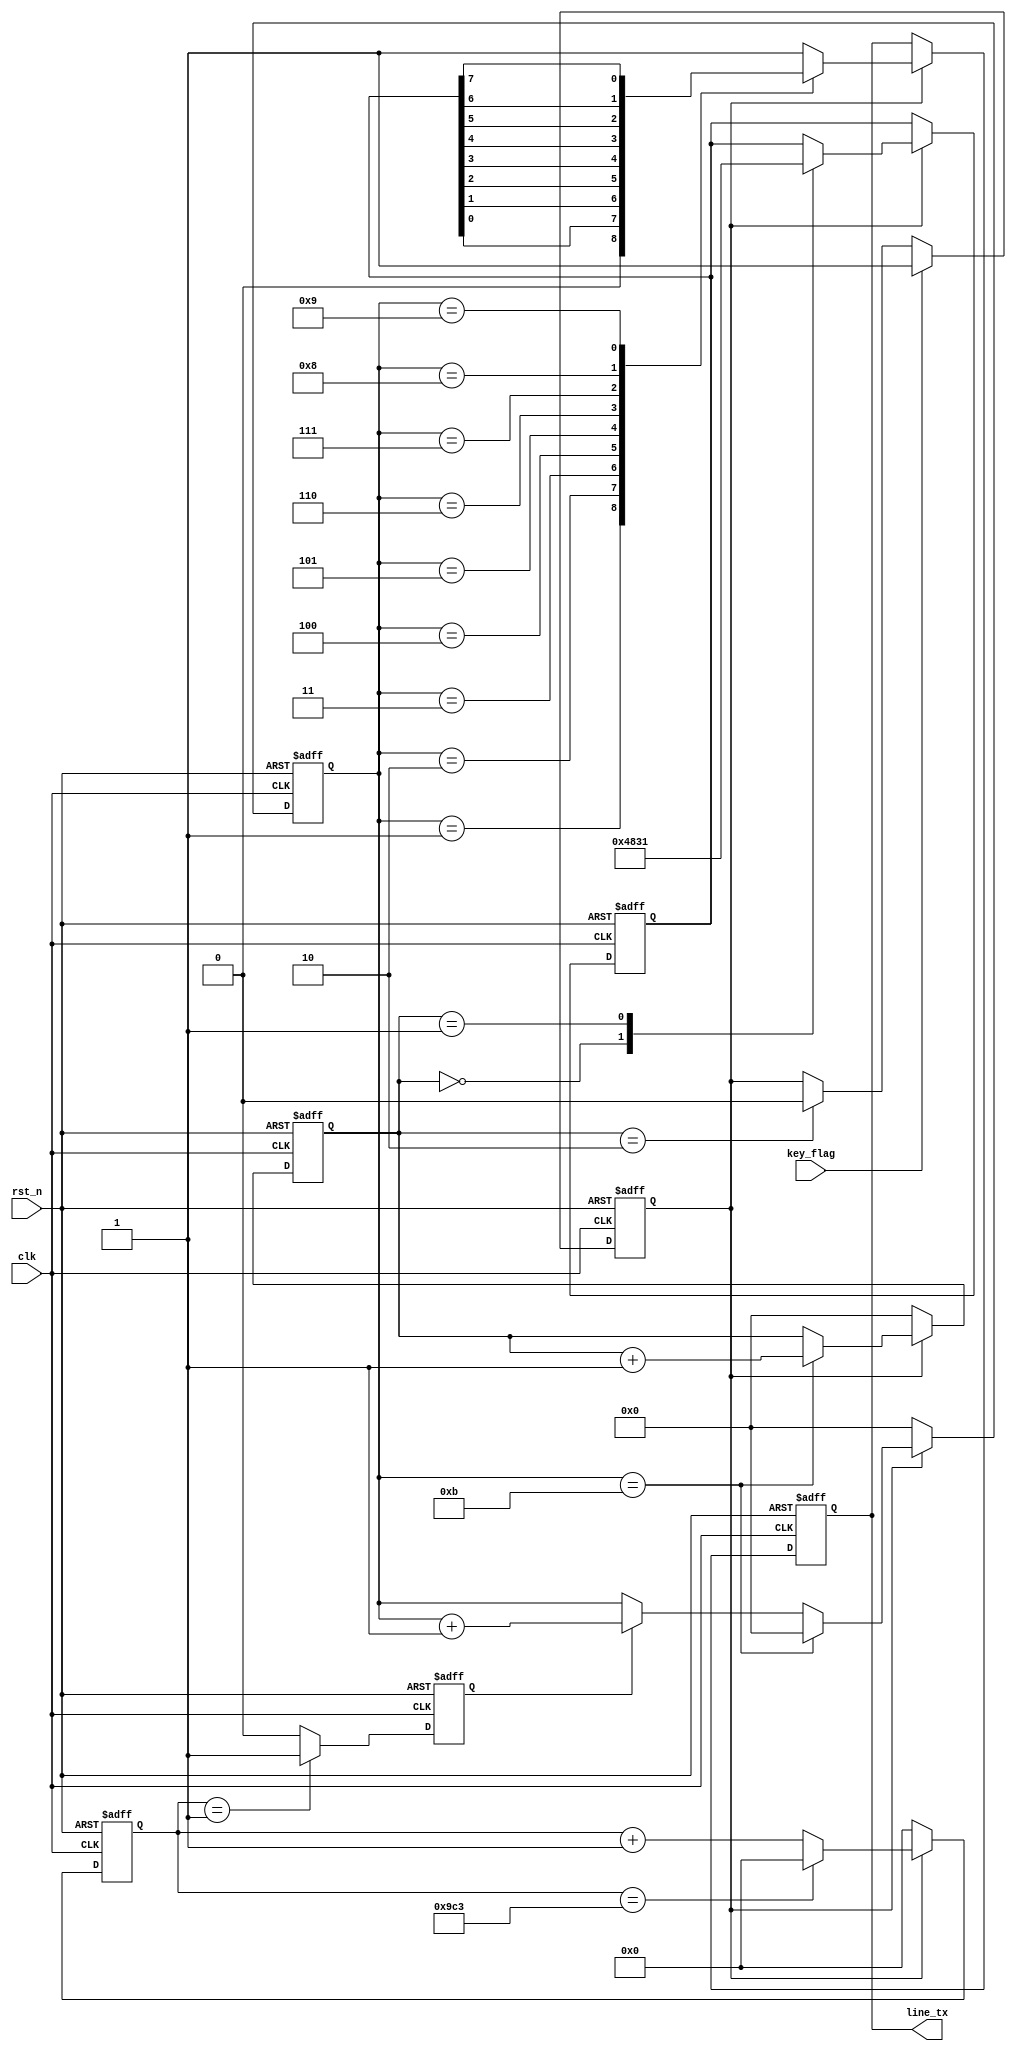
module uart_tx_ly3( clk,
	rst_n,
	key_flag,
	line_tx
    );
    input clk;
	input rst_n;
	input key_flag;
	output reg line_tx;
	 
	 
parameter tx_start = 0,tx_stop = 1; 
reg [12:0] cnt;
reg clk_tx;
reg [3:0] cnt_tx;
reg en ;
reg [3:0]cnt_stop;
reg [7:0]data_tx ;



always @(posedge clk or negedge rst_n)
begin
    if(!rst_n)
	 en <= 0;
	 else if(key_flag)
	 en <= 1;
	 else if(cnt_stop == 2)
	 en <= 0;
end

// 


always @(posedge clk or negedge rst_n)
begin
    if(!rst_n)
	     cnt <= 0;
	 else if(en)
	 begin
	     if(cnt == 2499)
	         cnt <= 0;
	     else 
	         cnt <= cnt + 1'b1;
	 end
	 else 
	     cnt <= 0;
end
//

always @(posedge clk or negedge rst_n)
begin
    if(!rst_n)
	     clk_tx <= 0;
	 else if(cnt == 1)
	     clk_tx <= 1;
	 else 
	     clk_tx <= 0;
end
//

always @(posedge clk or negedge rst_n)
begin
    if(!rst_n)
	 begin
	     cnt_tx <= 0;
		  cnt_stop <= 0;
		  end
	 else if(en)
	 begin
	     if(cnt_tx == 11)
		  begin
	         cnt_tx <= 0;
				cnt_stop <= cnt_stop + 1'b1;
				end
	     else if(clk_tx)
	         cnt_tx <= cnt_tx + 1'b1;
	 end
	 else 
	 begin
	     cnt_tx <= 0;
		  cnt_stop <= 0;
		  end
end

//

always @(posedge clk or negedge rst_n)
begin
    if(!rst_n)
	 data_tx <= 8'b1011_0111;
	 else if(en)
	 case(cnt_stop)
	 'd0:data_tx <= "H";	 
	 'd1:data_tx <= "1";	 
	 endcase
	 
end

always @(posedge clk or negedge rst_n)
begin
    if(!rst_n)
        line_tx <= 1;
	 else if(en)
	 case(cnt_tx)
	 'd0:line_tx <= 1;
	 'd1:line_tx <= tx_start;
	 'd2:line_tx <= data_tx[0];
	 'd3:line_tx <= data_tx[1];
	 'd4:line_tx <= data_tx[2];
	 'd5:line_tx <= data_tx[3];
	 'd6:line_tx <= data_tx[4];
	 'd7:line_tx <= data_tx[5];
	 'd8:line_tx <= data_tx[6];
	 'd9:line_tx <= data_tx[7];
	 'd10:line_tx <= tx_stop;
	 default:line_tx <= 1;
	 endcase
end

endmodule